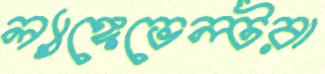
ল্যাঙ্গেভেল্টরা